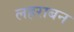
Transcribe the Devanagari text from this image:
लहराबन